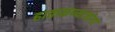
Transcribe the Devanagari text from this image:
हाताळण्याजोगा